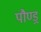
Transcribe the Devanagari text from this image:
पौण्ड्र